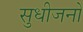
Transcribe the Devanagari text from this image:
सुधीजनों